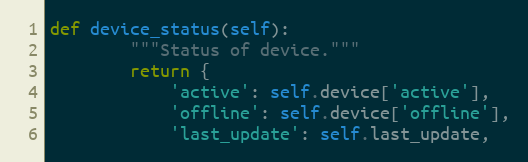
Language: Python
def device_status(self):
        """Status of device."""
        return {
            'active': self.device['active'],
            'offline': self.device['offline'],
            'last_update': self.last_update,